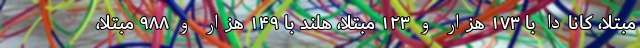
مبتلا، کانادا با ۱۷۳ هزار و ۱۲۳ مبتلا، هلند با ۱۴۹ هزار و ۹۸۸ مبتلا،